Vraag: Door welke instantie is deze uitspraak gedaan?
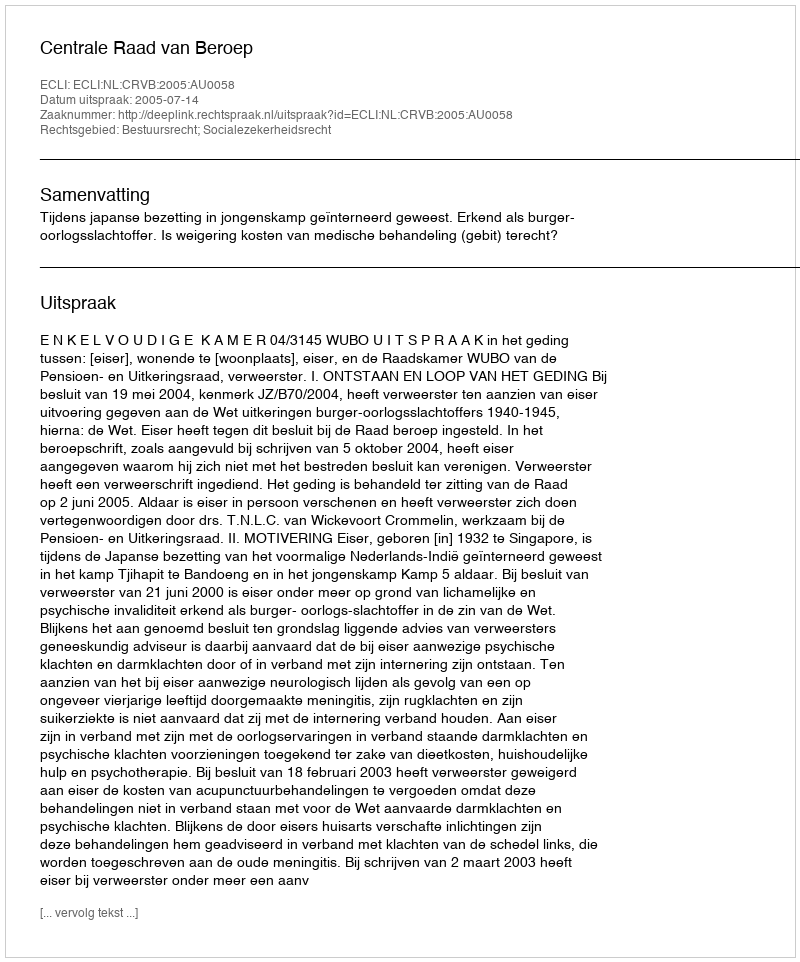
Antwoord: Centrale Raad van Beroep